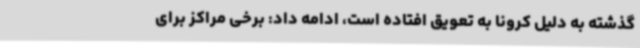
گذشته به دلیل کرونا به تعویق افتاده است، ادامه داد: برخی مراکز برای